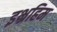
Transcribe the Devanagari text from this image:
इभ्रहिम